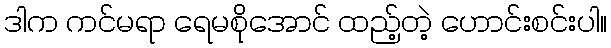
ဒါက ကင်မရာ ရေမစိုအောင် ထည့်တဲ့ ဟောင်းစင်းပါ။